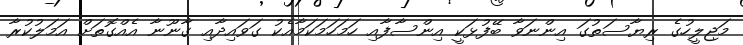
މަޖިލީހުގެ ރިޔާސަތުގަ އިންނަވާ ބޭފުޅަކީ އިންސާފާއި ހަމަހަމަކަމާއެކު ގަވައިދާއި ގާނޫނާ އެއްގޮތަށް އަމަލުކުރާ